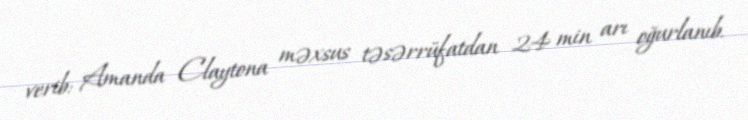
verib: Amanda Claytona məxsus təsərrüfatdan 24 min arı oğurlanıb.